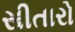
સીતારો